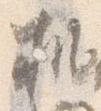
机